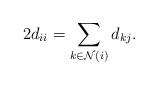
LaTeX: \begin{align*}2d_{ii}=\sum_{k\in\mathcal{N}(i)}d_{kj}. \end{align*}